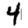
Digit: 4